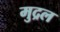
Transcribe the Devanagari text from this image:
मुद्रल